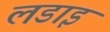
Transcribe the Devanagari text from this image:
लडाइ